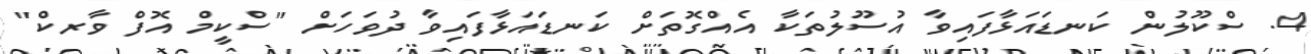
4. ސްކޫލުން ކަނޑައަޅާފައިވާ އުސޫލުތަކާ އެއްގޮތަށް ކަނޑައަޅާފައިވާ ދުވަހަށް "ސްކީމް އޮފް ވާރކް"